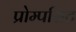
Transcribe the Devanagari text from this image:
प्रोम्पसिट